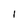
Character: 1